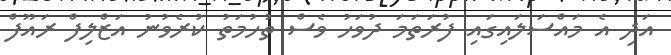
އަދި އެ މައްސަލައިގައި ފުރަތަމަ ދުވަހު ވެސް ތުހުމަތު ކުރެވުނު އަޒްލިފް ރައޫފް